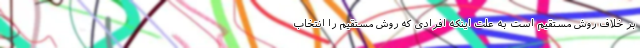
بر خلاف روش مستقیم است به علت اینکه افرادی که روش مستقیم را انتخاب